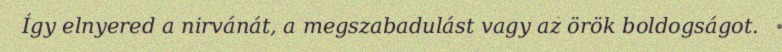
Így elnyered a nirvánát, a megszabadulást vagy az örök boldogságot.